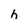
Character: h